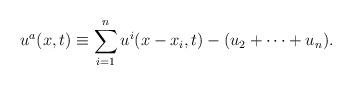
LaTeX: \begin{align*}u^a(x,t)\equiv \sum\limits^n_{i=1} u^i(x-x_i,t)-(u_2+\cdots +u_n).\end{align*}